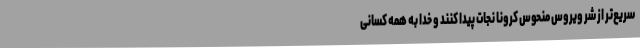
سریع‌تر از شر ویروس منحوس کرونا نجات پیدا کنند و خدا به همه کسانی